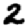
Digit: 2